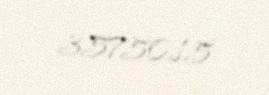
35750,15